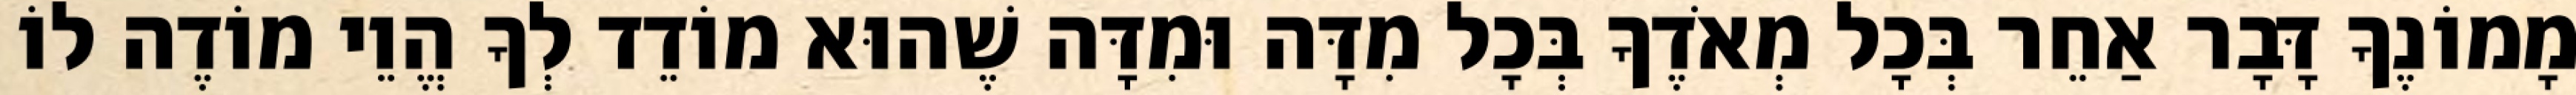
מָמוֹנֶךָ דָּבָר אַחֵר בְּכָל מְאֹדֶךָ בְּכָל מִדָּה וּמִדָּה שֶׁהוּא מוֹדֵד לְךָ הֱוֵי מוֹדֶה לוֹ